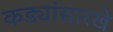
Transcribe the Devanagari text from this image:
कड्यांसारखे